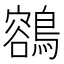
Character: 𪃾